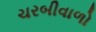
ચરબીવાળો